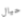
حيال